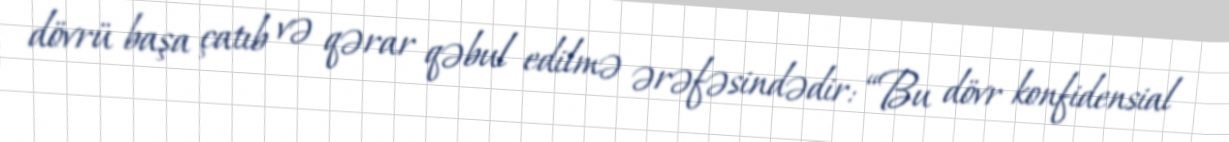
dövrü başa çatıb və qərar qəbul edilmə ərəfəsindədir: “Bu dövr konfidensial